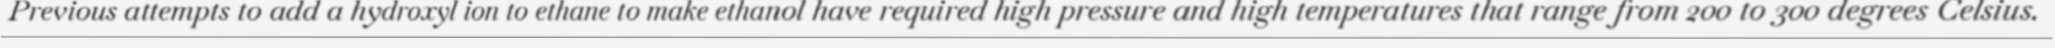
Previous attempts to add a hydroxyl ion to ethane to make ethanol have required high pressure and high temperatures that range from 200 to 300 degrees Celsius.